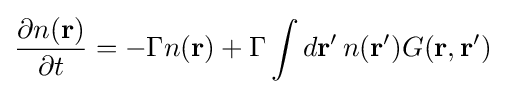
{\frac {\partial n(\mathbf {r} )}{\partial t}}=-\Gamma n(\mathbf {r} )+\Gamma \int d\mathbf {r} '\,n(\mathbf {r} ')G(\mathbf {r} ,\mathbf {r} ')